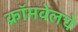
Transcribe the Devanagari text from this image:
क्रॉमवेलचे